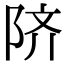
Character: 𬯀